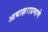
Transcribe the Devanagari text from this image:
आद्याक्षराप्रमाणे